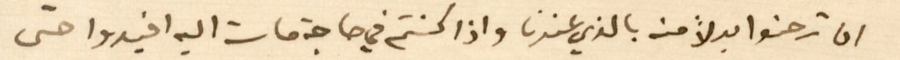
ان ترضوا بدلاً منه بالذي عندنا واذا كنتم في حاجة ماسة اليه افيدوا حتى